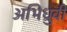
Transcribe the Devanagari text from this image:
अभिध्रुवी